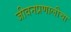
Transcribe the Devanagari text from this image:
जीवनप्रणालीचा